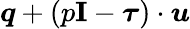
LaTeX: \boldsymbol{q}+(p\mathbf{I}-\boldsymbol{\tau})\cdot\boldsymbol{u}